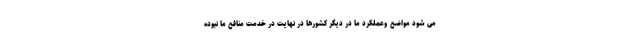
می شود مواضع وعملکرد ما در دیگر کشورها در نهایت در خدمت منافع ما نبوده